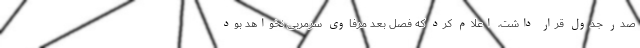
صدر جدول قرار داشت، اعلام کرد که فصل بعد مرفاوی سرمربی نخواهد بود